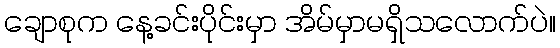
ချောစုက နေ့ခင်းပိုင်းမှာ အိမ်မှာမရှိသလောက်ပဲ။